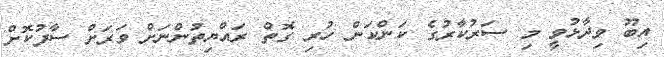
އިބޫ ވިދާޅުވީ މި ސަރުކާރުގެ ކަންކަން ހުރި ގޮތް ރައްޔިތުންނަށް ވަރަށް ސާފުކޮށް